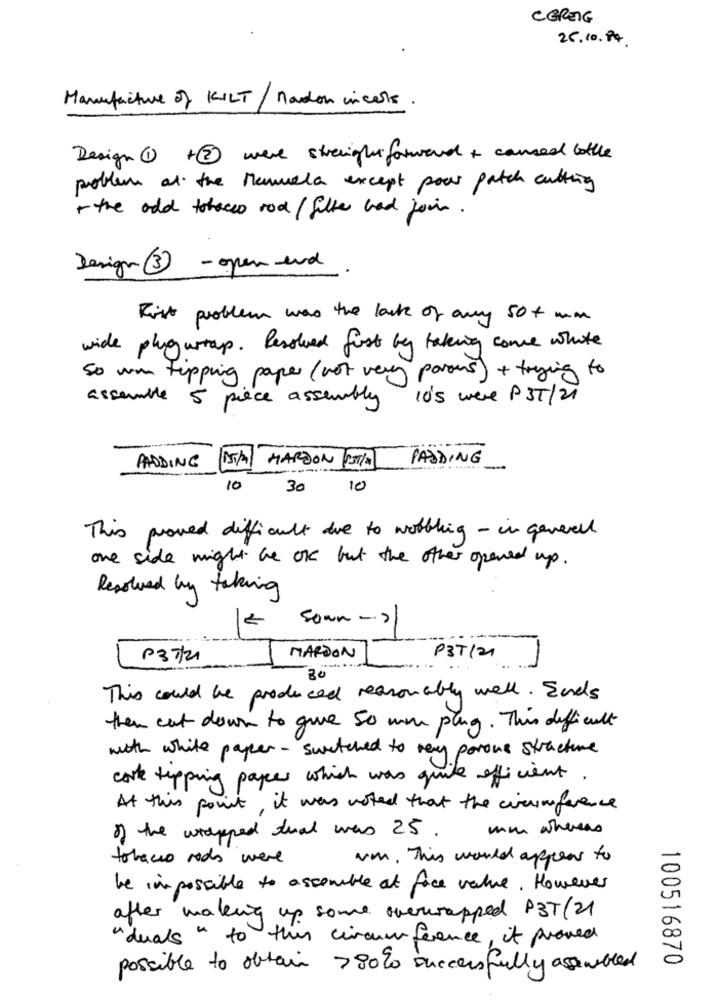
CEREIG
25. 10. 74.
Manufacture of KILT/ Madon incels.
Design (1 +2 were straight forward + caused bottle
problem at the Manuela except pour patch cutting
the odd tobacco rod/filter had join.
Design3 - open end
Rist problem was the lack of any 50 + mm
wide plugustap. Resolved first by taking come white
So win tipping paper ( not very paraus) + trying to
assemble 5 pièce assembly
10's were P35/21
HARDON OT/A
PADDING
PADDING
10
30
10
This proved difficult due to wortling - in generell
one side might be OK but the other opened up.
Resolved by taking
sown - >
P37/21
MARDON
PST/21
30
This could be produced reasonably well. Ends
then cut down to give 50 man ping. This difficult
with white paper - switched to very porous stracture
carte tipping papes which was quite efficient.
At this point, it was noted that the circumference
mm whereas
of the wrapped tual was 25 .
tobacco rods were
um. This would appear to
be impossible to assemble at face value. However
after making up some overwrapped P3T(2)
"duals " to this circumference, it proved
100516870
possible to obtain >80% successfully assembled